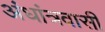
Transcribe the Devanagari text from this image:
अंधांत्रवासी